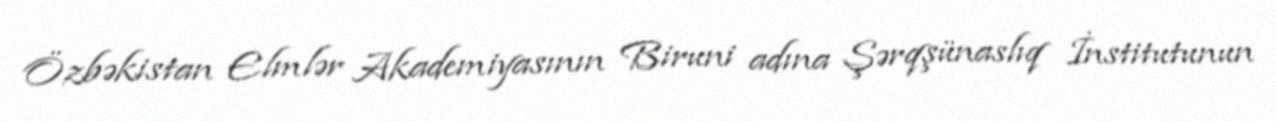
Özbəkistan Elmlər Akademiyasının Biruni adına Şərqşünaslıq İnstitutunun